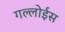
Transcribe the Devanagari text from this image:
गल्लोईस